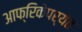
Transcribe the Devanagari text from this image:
आफ्रिकेपर्यंत